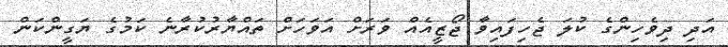
އަދި ދިވެހިންގެ ކުލަ ޖެހިފައިވާ ޖޯޒީއެއް ވަރަށް އަވަހަށް ތައްޔާރުކުރާނެ ކަމުގެ ޔަގީންކަން